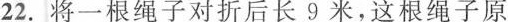
22.将一根绳子对折后长9米，这根绳子原